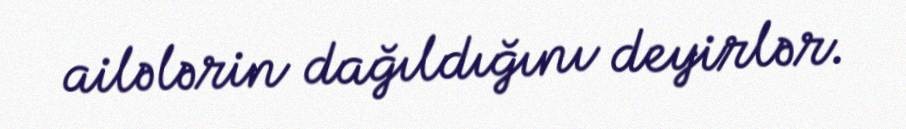
ailələrin dağıldığını deyirlər.